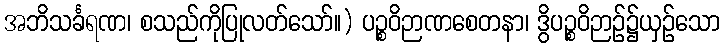
အဘိသင်္ခရဏ၊ စသည်ကိုပြုလတ်သော်။) ပဉ္စဝိဉာဏစေတနာ၊ ဒွိပဉ္စဝိဉာဉ်၌ယှဉ်သော